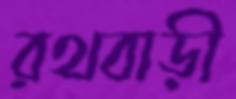
রথবাড়ী